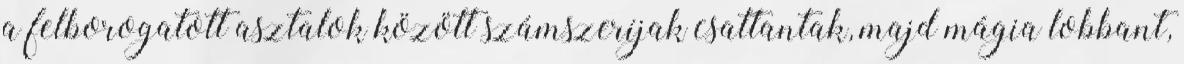
a felborogatott asztalok között számszeríjak csattantak, majd mágia lobbant,